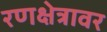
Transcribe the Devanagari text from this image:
रणक्षेत्रावर